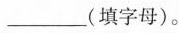
___(填字母)。